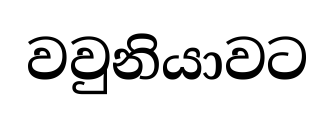
වවුනියාවට